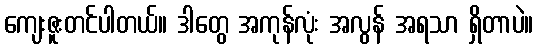
ကျေးဇူးတင်ပါတယ်။ ဒါတွေ အကုန်လုံး အလွန် အရသာ ရှိတာပဲ။